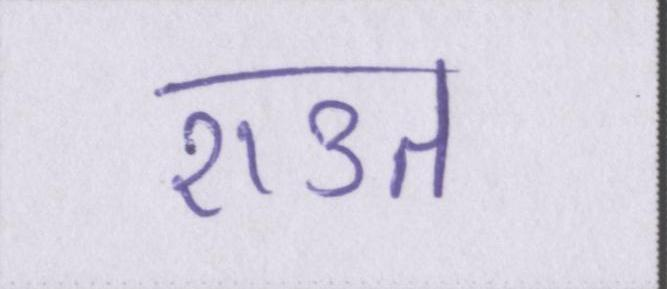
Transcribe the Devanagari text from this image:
राउत